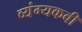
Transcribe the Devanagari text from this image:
व्यंग्यकवी